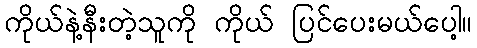
ကိုယ်နဲ့နီးတဲ့သူကို ကိုယ် ပြင်ပေးမယ်ပေါ့။